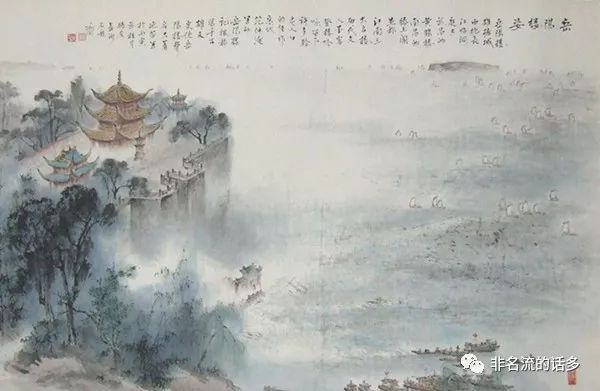
城上高楼接大荒，海天愁思正茫茫。